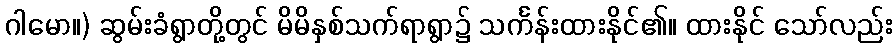
ဂါမော။) ဆွမ်းခံရွာတို့တွင် မိမိနှစ်သက်ရာရွာ၌ သင်္ကန်းထားနိုင်၏။ ထားနိုင် သော်လည်း